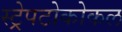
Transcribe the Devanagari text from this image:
स्ट्रेपटोकोकल